Senior Leaving Certificate Examination (including Day School Certificate (Higher) General paper), 1948
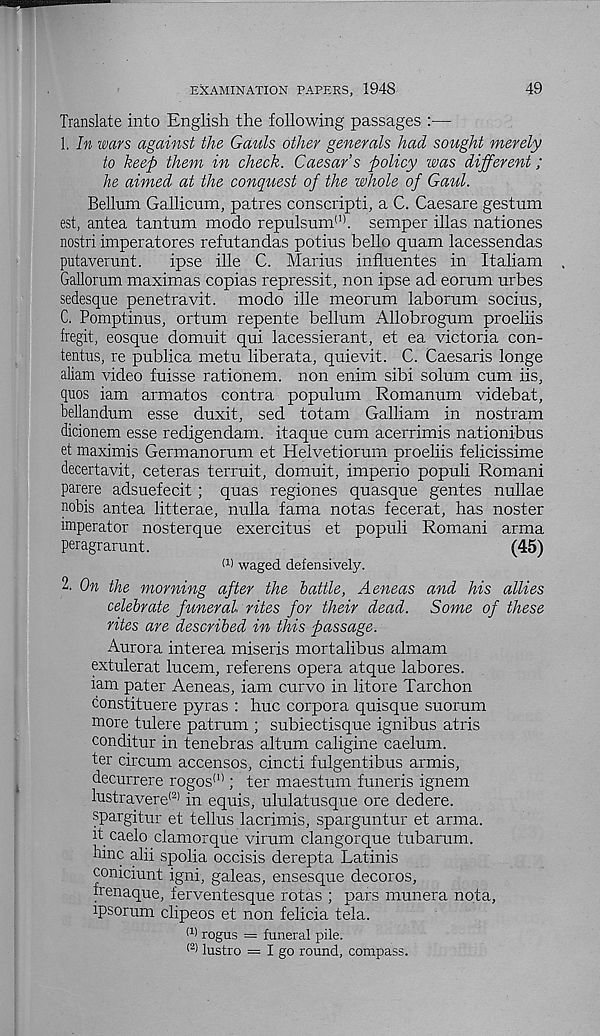
EXAMINATION PAPERS, 1948
49
Translate into English the following passages :—
1. In wars against the Gauls other generals had sought merely
to keep them in check. Caesar’s policy was different;
he aimed at the conquest of the whole of Gaul.
Bellum Gallicum, patres conscripti, a C. Caesare gestum
est, antea tantum modo repulsnm 11 '. semper illas nationes
nostri imperatores refutandas potius hello quam lacessendas
putaverunt.
ipse ille C. Marius influentes in Italiam
Gallorum maximas copias repressit, non ipse ad eorum urbes
sedesque penetravit. modo ille meorum laborum socius,
C. Pomptinus, ortum repente bellum Allobrogum proeliis
fregit, eosque domuit qui lacessierant, et ea victoria con-
tentus, re publica metu liberata, quievit. C. Caesaris longe
aliam video fuisse rationem. non enim sibi solum cum iis,
quos iam armatos contra populum Romanum videbat,
bellandum esse duxit, sed totam Galliam in nostram
dicionem esse redigendam. itaque cum acerrimis nationibus
et maximis Germanorum et Helvetiorum proeliis felicissime
decertavit, ceteras terruit, domuit, imperio populi Romani
parere adsuefecit ; quas regiones quasque gentes nullae
nobis antea litterae, nulla fama notas fecerat, has noster
imperator nosterque exercitus et populi Romani arma
peragrarunt.
(45)
W waged defensively.
2. On the morning after the battle, Aeneas and his allies
celebrate funeral rites for their dead. Some of these
rites are described in this passage.
Aurora interea miseris mortalibus almam
extulerat lucem, referens opera atque labores.
iam pater Aeneas, iam curvo in litore Tarchon
constituere pyras : hue corpora quisque suorum
more tulere patrum ; subiectisque ignibus atris
conditur in tenebras altum caligine caelum,
ter circum accensos, cincti fulgentibus armis,
decurrere rogos (I) ; ter maestum funeris ignem
lustravere (2) in equis, ululatusque ore dedere.
spargitur et tellus lacrimis, sparguntur et arma.
it caelo clamorque virum clangorque tubarum.
hinc alii spolia occisis derepta Latinis
coniciunt igni, galeas, ensesque decoros,
henaque, ferventesque rotas ; pars munera nota,
ipsorum clipeos et non felicia tela.
(1) rogus = funeral pile.
(2 > lustro = I go round, compass.